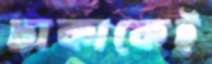
ঢাকাকেই